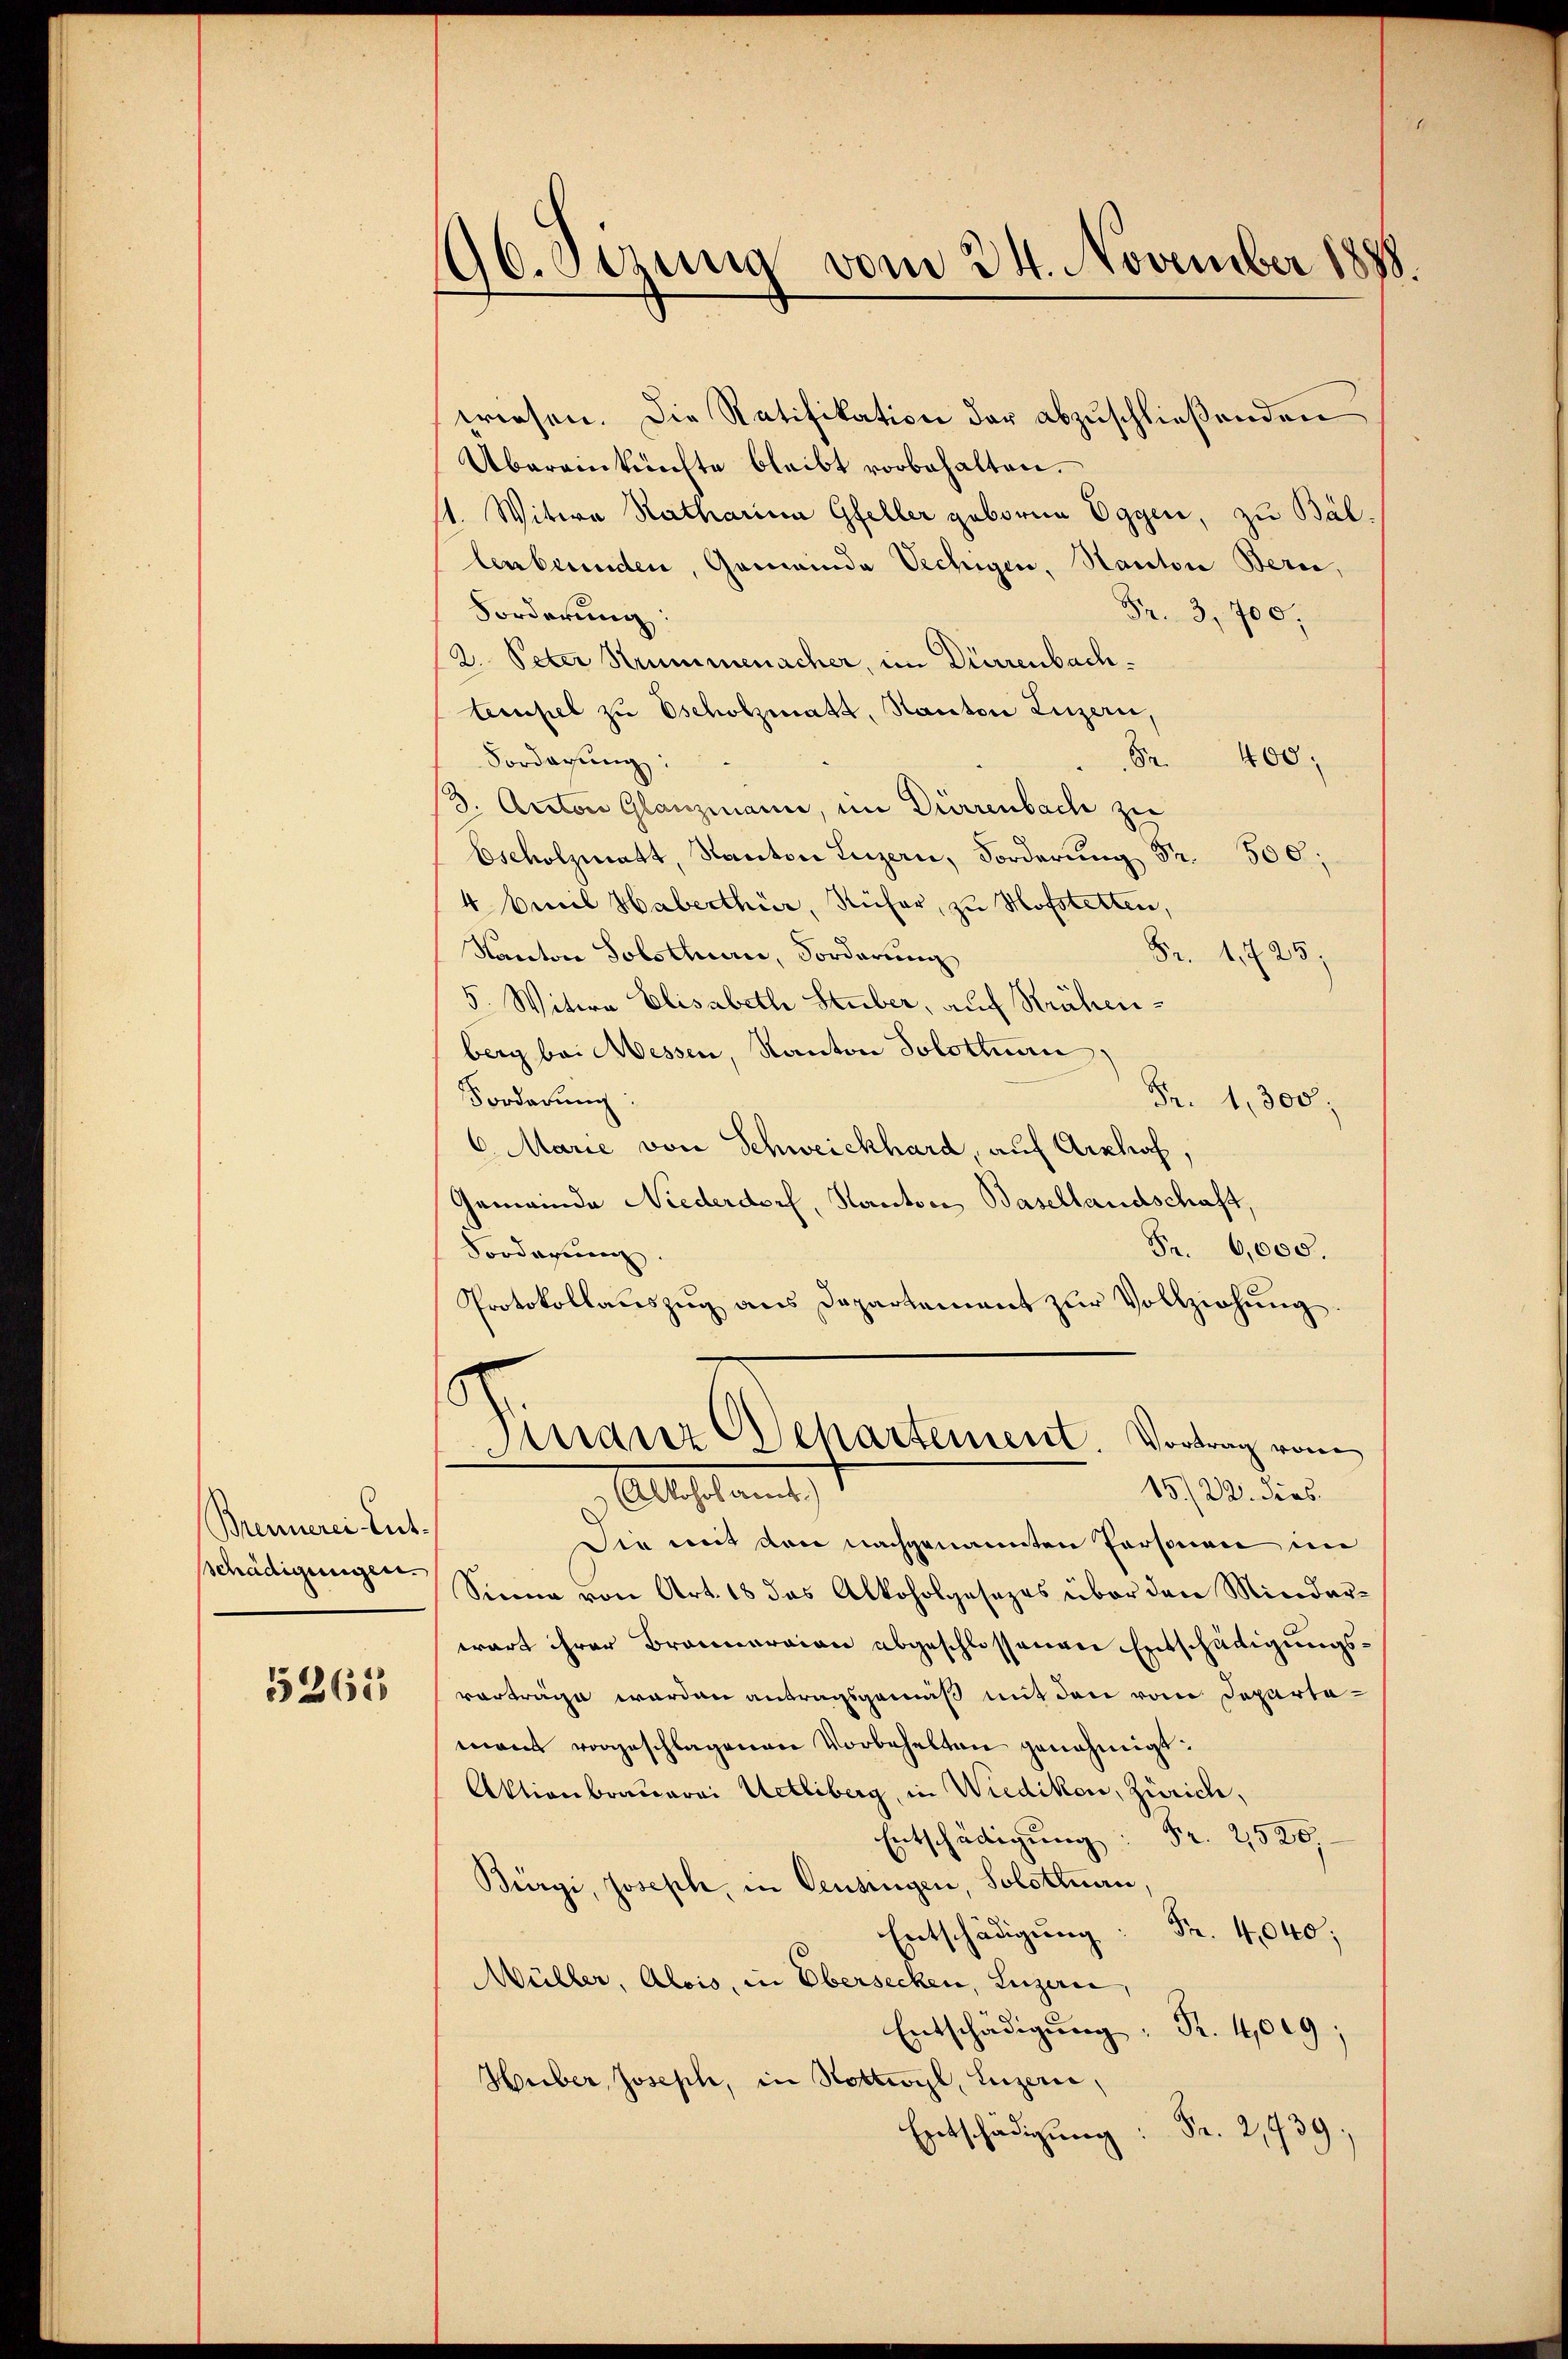
Brennerei Lut
sschädigungen.

5265

190. Sizung vom 24. November 1888.

wiesen. Die Ratifikation der abzuschließenden
Übereinkünfte bleibt vorbehalten.
11. Witwe Ratharina Gfeller geboren Eggen, zu Bal¬
Anbrunden, Gemeinde Vechigen, Kanton Bern,
Forderung:
Fr. 3,700.
(2. Peter Strummenacher, im Dürrenbachtempel zu scholzmatt, Kanton Luzern,
Vordagung:
Fr. 400;
(3: Arrton Glanzmann, im Dürrenbach zu
Escholzmatt, Kanton Luzern, Forderung Fr. 500;
4 Emil Haberthur, Rüher, zu Hofstetten,
Kanton Solothurn, Forderung
Fr. 1725:
5. Witwe Elisabeth Stuber, auf Strahenberg bei Messen, Kanton Solottuan
Forderung:
Fr. 1,300.
6. Marie von Schweickhard, auf Arthof,
Gemeinde Niederdorf, Kantoni, Basellandschaft,
Fr. 6,000.
Forderung.
Protokollauszug aus Departement zur Vollziehung
.
Finanz Departement. Vortrag vom
15/22. dies
Allestament
Sie mit den nachgenannten Personen im
Sinne von Art. 18 das Alkoholgesezes über den Minderwart ihrer Brauneraien abgeschlossenen Entschädigungsvorträge werden antragsgemäß mit den vom Departamann vorgeschlagenen Vorbehalten genehmigt:
Aktionbrauerei Uetliberg, in Wiedikon, Zürich,
Entschädigung Fr. 2520,
Bürgi, Joseph, in Censingen, Solothurn
4,040;
Müller, Alois, in Obersecken, Luzern,
Entschädigung: R. 4,009;
Huber, Joseph, in Nottwyl, Luzern,
Fr. 2939.
Entschädigung